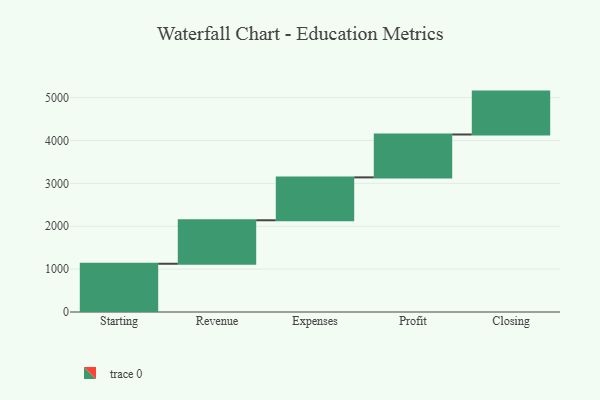
{"axis": {"x": "Step", "y": "Value"}, "legend": [""], "data": [{"x": "Starting", "y": 1125.0, "type": ""}, {"x": "Revenue", "y": 1014.0, "type": ""}, {"x": "Expenses", "y": 1000, "type": ""}, {"x": "Profit", "y": 1000, "type": ""}, {"x": "Closing", "y": 1000, "type": ""}]}